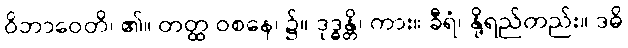
ဝိဘာဝေတိ၊ ၏။ တတ္ထ ဝစနေ၊ ၌။ ဒုဒ္ဓန္တိ၊ ကား။ ခီရံ၊ နို့ရည်တည်း။ ဒဓိ